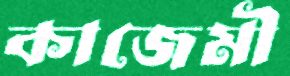
কাজেমী